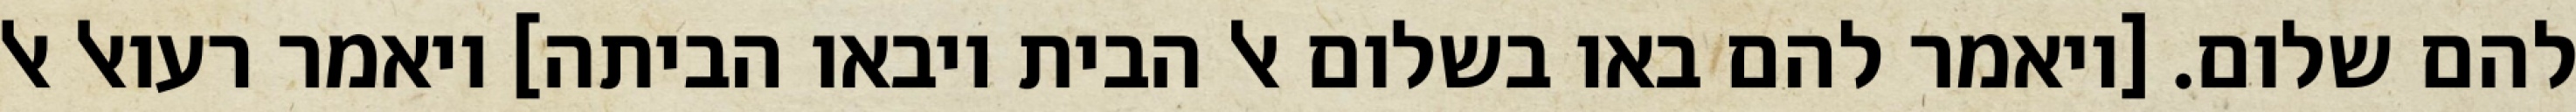
להם שלום. [ויאמר להם באו בשלום אל הבית ויבאו הביתה] ויאמר רעואל אל